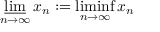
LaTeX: \varliminf _ { n \to \infty } x _ { n } : = \operatorname* { l i m i n f } _ { n \to \infty } x _ { n }